system: You are a helpful assistant.
user:
Analyze the provided spectrum to determine if it is a **S-type Star**.

- **Key Indicators for S-type Star:**

    - **(Overall Spectrum Shape):** The first and most obvious characteristic is the overall continuum (the "baseline" shape). It is **extremely "red-sloping,"** meaning the flux (light intensity) is very low on the left side (blue, ~4000-4500 Å) and rises steeply and continuously toward the right side (red, ~7000 Å+).

    - **(Primary):** The spectrum is defined by the presence of strong, broad molecular absorption "valleys" (bands) from **Zirconium Oxide (ZrO)**. The identification of these bands is the **primary requirement** for classifying a star as S-type.
        - **(Key Bandheads):** You must find distinct, deep "dips" where the light has been absorbed. The most critical band systems to locate are:
            - **~6474 Å** ($\gamma$-system): This is often the strongest and clearest ZrO feature, found in the red part of the spectrum.
            - **~5718 Å** & **~5551 Å** ($\beta$-system): A pair of prominent absorption features in the yellow-orange part of the spectrum.
            - **~4640 Å** ($\alpha$-system): A key absorption band system in the blue-green region of the spectrum.

    - **(Secondary Confirmation):** The classification is strengthened by finding additional absorption bands from other related heavy element oxides, which are expected to be present alongside ZrO.
        - **(Key Bandheads):**
            - **Yttrium Oxide (YO):** Look for absorption dips near **~4800 Å** and **~6100 Å**.
            - **Lanthanum Oxide (LaO):** Additional absorption features, particularly in the red-orange part of the spectrum, are also characteristic.

    - **(Line Profile):** The combination of the steep red continuum and these numerous, deep molecular bands (ZrO, YO, etc.) gives the entire spectrum a very **"chopped-up"** or **"bumpy"** appearance. Instead of a smooth curve, the spectrum looks as though large, wide chunks of light have been "carved out" of it at the specific wavelengths listed above.

Think first, call **spectral_visualization_tool** if needed to examine features in detail, then provide your final answer. Your response must adhere to the following strict rules:
1.  **Overall Structure:** Your response must follow the format `<think>...</think> <tool_call>...</tool_call> (if a tool is used) <answer>...</answer>`.
2.  **Tool Usage Constraint:** You may only make **one** tool call per turn.
3.  **Final Answer Format:** In the `<answer>` tag, your conclusion must be inside a `\boxed{}` command (e.g., `\boxed{YES}` or `\boxed{NO}`), followed by your justification.

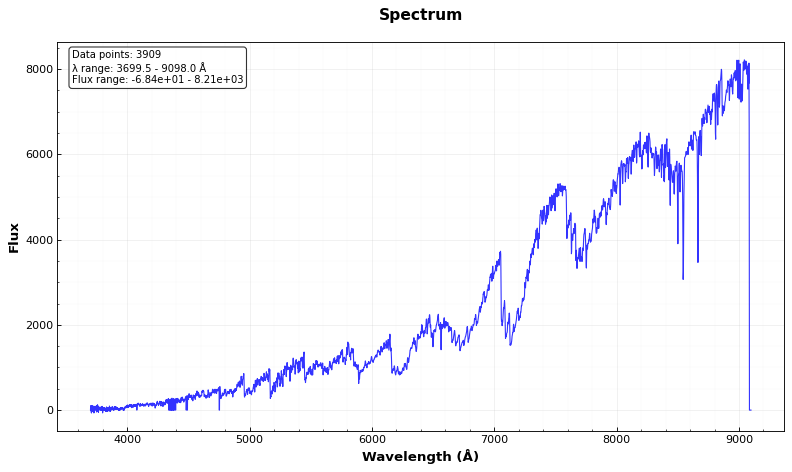
Answer: YES